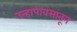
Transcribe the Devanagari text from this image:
उन्हापावसातून